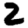
Digit: 2